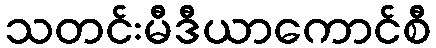
သတင်းမီဒီယာကောင်စီ